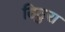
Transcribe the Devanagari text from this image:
ठिठुरा